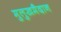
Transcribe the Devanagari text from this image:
मुलुखमैदान